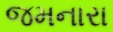
જમનારા